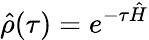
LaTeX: \hat{\rho}(\tau)=e^{-\tau\hat{H}}